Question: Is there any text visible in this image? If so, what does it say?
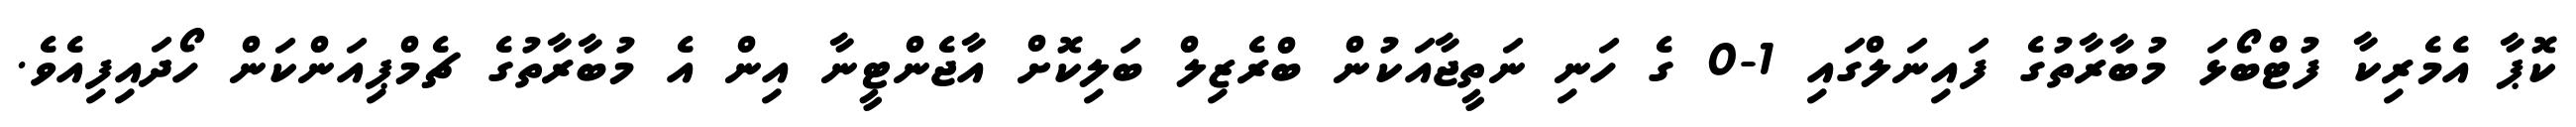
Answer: ކޮޕާ އެމެރިކާ ފުޓްބޯޅަ މުބާރާތުގެ ފައިނަލްގައި 1-0 ގެ ހަނި ނަތީޖާއަކުން ބްރެޒިލް ބަލިކޮށް އާޖެންޓީނާ އިން އެ މުބާރާތުގެ ޗެމްޕިއަންކަން ހޯދައިފިއެވެ.